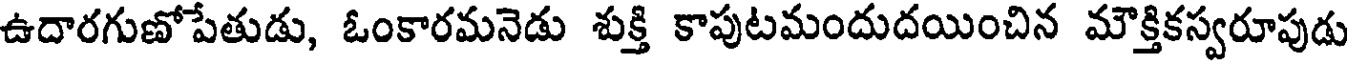
ఉదారగుణోపేతుడు, ఓంకారమనెడు శుక్తి కాపుటమందుదయించిన మౌక్తికస్వరూపుడు